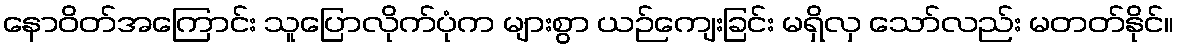
နောဝိတ်အကြောင်း သူပြောလိုက်ပုံက များစွာ ယဉ်ကျေးခြင်း မရှိလှ သော်လည်း မတတ်နိုင်။